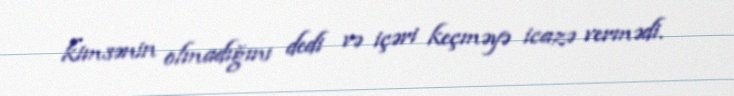
kimsənin olmadığını dedi və içəri keçməyə icazə vermədi.